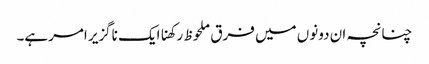
چنانچہ ان دونوں میں فرق ملحوظ رکھناایک ناگزیر امرہے۔